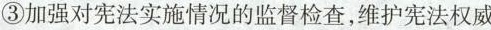
③加强对宪法实施情况的监督检查，维护宪法权威